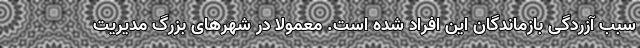
سبب آزردگی بازماندگان این افراد شده است. معمولا در شهرهای بزرگ مدیریت